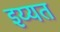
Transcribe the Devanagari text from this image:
इय्यत